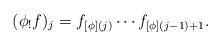
LaTeX: \begin{align*}(\phi_!f)_j=f_{[\phi](j)}\cdots f_{[\phi](j-1)+1}.\end{align*}